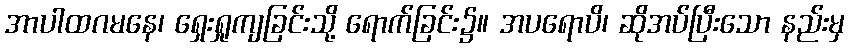
အာပါထဂမနေ၊ ရှေးရှုကျခြင်းသို့ ရောက်ခြင်း၌။ အပရောပိ၊ ဆိုအပ်ပြီးသော နည်းမှ